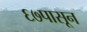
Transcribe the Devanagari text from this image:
६७पासून